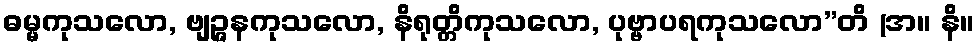
ဓမ္မကုသလော, ဗျဉ္ဇနကုသလော, နိရုတ္တိကုသလော, ပုဗ္ဗာပရကုသလော”တိ (အ။ နိ။